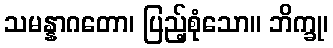
သမန္နာဂတော၊ ပြည့်စုံသော။ ဘိက္ခု၊